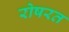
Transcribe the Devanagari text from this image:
रोषरत